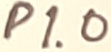
Text: P1.0